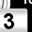
Digit: 3